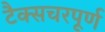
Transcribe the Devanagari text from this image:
टैक्सचरपूर्ण